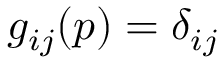
g _ { i j } ( p ) = \delta _ { i j }